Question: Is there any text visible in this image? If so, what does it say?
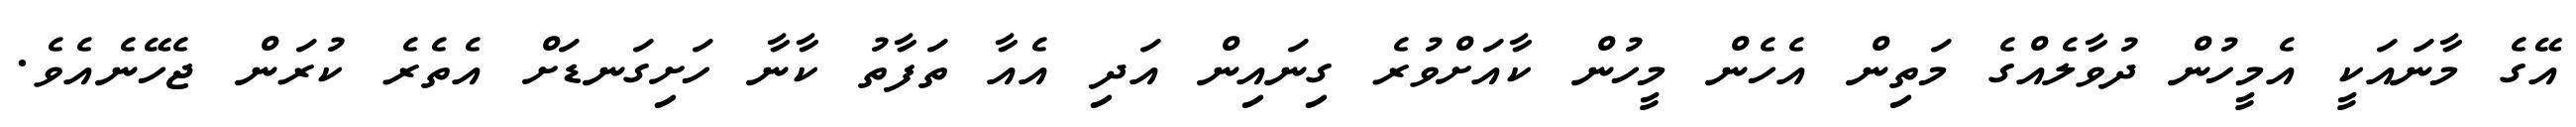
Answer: އޭގެ މާނައަކީ އެމީހުން ދުވާލެއްގެ މަތިން އެހެން މީހުން ކާއަށްވުރެ ގިނައިން އަދި އެއާ ތަފާތު ކާނާ ހަށިގަނޑަށް އެތެރެ ކުރަން ޖެހޭނެއެވެ.